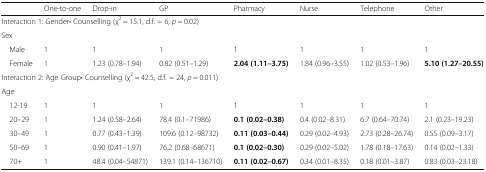
|  | One-to-one | Drop-in | GP | Pharmacy | Nurse | Telephone | Other |
 | --- | --- | --- | --- | --- | --- | --- | --- |
 | <COLSPAN=8> Interaction 1: Gender• Counselling (χ2 = 15.1, d.f. = 6, p = 0.02) |
 | <COLSPAN=8> Sex |
 | Male | 1 | 1 | 1 | 1 | 1 | 1 | 1 |
 | Female | 1 | 1.23 (0.78–1.94) | 0.82 (0.51–1.29) | 2.04 (1.11–3.75) | 1.84 (0.96–3.55) | 1.02 (0.53–1.96) | 5.10 (1.27–20.55) |
 | <COLSPAN=8> Interaction 2: Age Group• Counselling (χ2 = 42.5, d.f. = 24, p = 0.011) |
 | <COLSPAN=8> Age |
 | 12-19 | 1 | 1 | 1 | 1 | 1 | 1 | 1 |
 | 20–29 | 1 | 1.24 (0.58–2.64) | 78.4 (0.1–71986) | 0.1 (0.02–0.38) | 0.4 (0.02–8.31) | 6.7 (0.64–70.74) | 2.1 (0.23–19.23) |
 | 30–49 | 1 | 0.77 (0.43–1.39) | 109.6 (0.12–98732) | 0.11 (0.03–0.44) | 0.29 (0.02–4.93) | 2.73 (0.28–26.74) | 0.55 (0.09–3.17) |
 | 50–69 | 1 | 0.90 (0.41–1.97) | 76.2 (0.68–68671) | 0.1 (0.02–0.30) | 0.29 (0.02–5.02) | 1.78 (0.18–17.63) | 0.14 (0.02–1.33) |
 | 70+ | 1 | 48.4 (0.04–54871) | 139.1 (0.14–136710) | 0.11 (0.02–0.67) | 0.34 (0.01–8.35) | 0.18 (0.01–3.87) | 0.83 (0.03–23.18) |